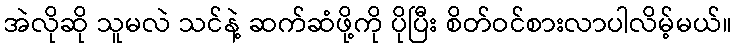
အဲလိုဆို သူမလဲ သင်နဲ့ ဆက်ဆံဖို့ကို ပိုပြီး စိတ်ဝင်စားလာပါလိမ့်မယ်။